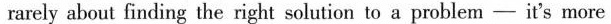
rarely about finding the right solution to a problem- it's more